Lunatic asylums Punjab 1868-1880 - 1868-1880
Year: 1868
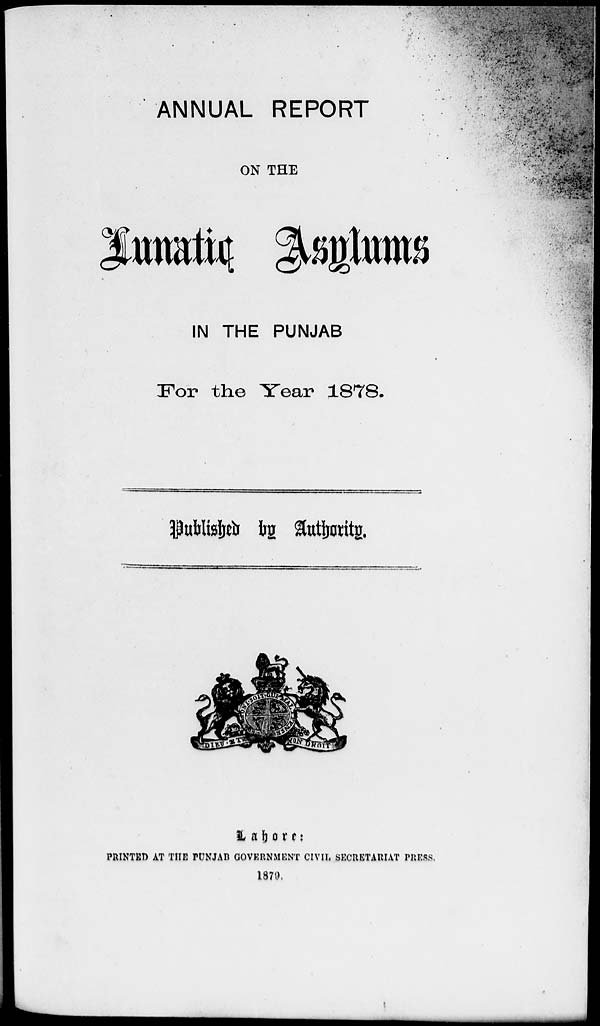
ANNUAL REPORT
ON THE
Lunatic Asylums
IN THE PUNJAB
For the Year 1878.
Published by Authority.
Lahore :
PRINTED AT THE PUNJAB GOVERNMENT CIVIL SECRETARIAT PRESS.
1879.